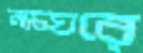
নাচঘরে